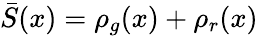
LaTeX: \bar{S}(x)=\rho_{g}(x)+\rho_{r}(x)